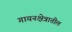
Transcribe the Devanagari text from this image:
गायनक्षेत्रातील